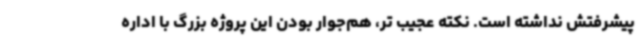
پیشرفتش نداشته است. نکته عجیب تر، هم‌جوار بودن این پروژه بزرگ با اداره